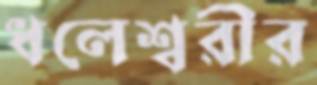
ধলেশ্বরীর